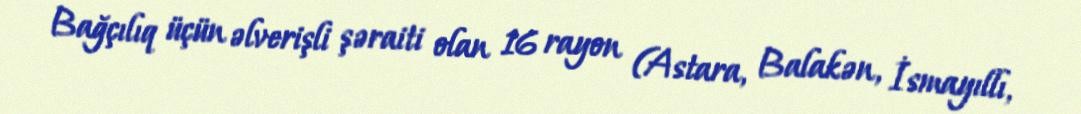
Bağçılıq üçün əlverişli şəraiti olan 16 rayon (Astara, Balakən, İsmayıllı,